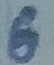
Text: 6